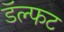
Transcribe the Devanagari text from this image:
डॅल्फट